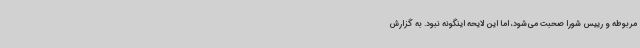
مربوطه و رییس شورا صحبت می‌شود، اما این لایحه اینگونه نبود. به گزارش